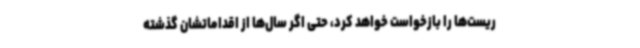
ریست‌ها را بازخواست خواهد کرد، حتی اگر سال‌ها از اقداماتشان گذشته